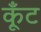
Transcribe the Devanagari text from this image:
कूँट